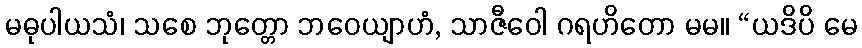
မဓုပါယသံ၊ သစေ ဘုတ္တော ဘဝေယျာဟံ, သာဇီဝေါ ဂရဟိတော မမ။ “ယဒိပိ မေ